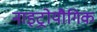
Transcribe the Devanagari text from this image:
नाइट्रोयौगिक